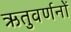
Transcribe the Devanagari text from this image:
ऋतुवर्णनों